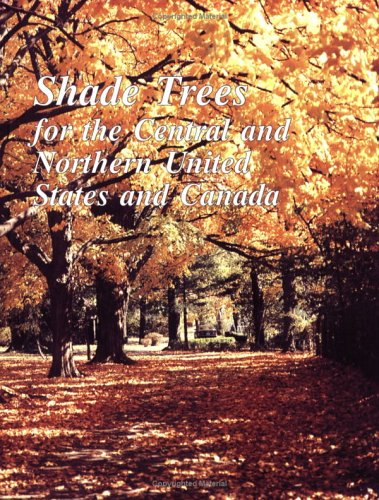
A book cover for Shade Trees for the Central and Northern United States and Canada; Sharon A. Yiesla; Crafts, Hobbies & Home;